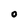
Character: 0